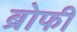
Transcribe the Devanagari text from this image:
ब्रोफी